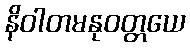
နိဝါတမနုဝတ္တယေ